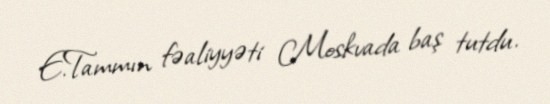
E.Tammın fəaliyyəti Moskvada baş tutdu.